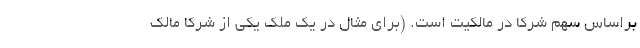
براساس سهم شرکا در مالکیت است. (برای مثال در یک ملک یکی از شرکا مالک